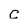
Character: C